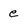
Character: e